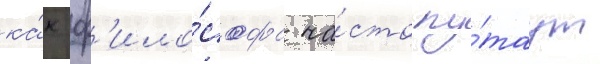
ка́к ф'ило́софа ча́сто пу́таут